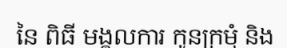
នៃ ពិធី មង្គលការ កូនក្រមុំ និង